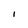
Character: I